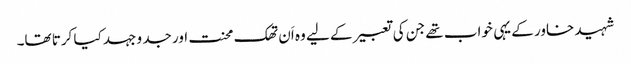
شہید خاور کے یہی خواب تھے جن کی تعبیر کے لیے وہ اَن تھک محنت اور جد و جہد کیا کرتا تھا۔